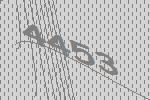
4453